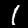
Digit: 1